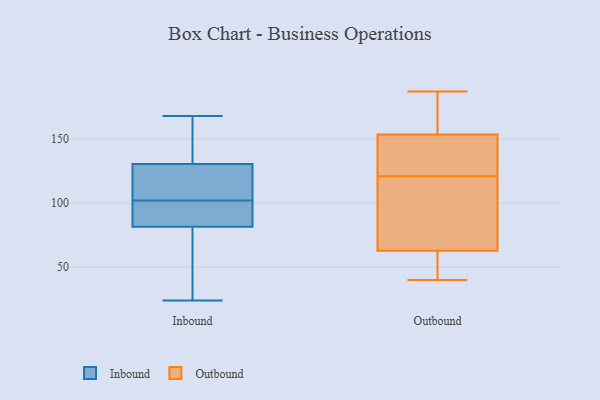
{"axis": {"x": "Budget (USD K)", "y": "Value"}, "legend": ["Inbound", "Outbound"], "data": [{"x": "", "y": 126, "type": "Inbound"}, {"x": "", "y": 81, "type": "Inbound"}, {"x": "", "y": 142, "type": "Inbound"}, {"x": "", "y": 82, "type": "Inbound"}, {"x": "", "y": 135, "type": "Inbound"}, {"x": "", "y": 24, "type": "Inbound"}, {"x": "", "y": 92, "type": "Inbound"}, {"x": "", "y": 115, "type": "Inbound"}, {"x": "", "y": 91, "type": "Inbound"}, {"x": "", "y": 112, "type": "Inbound"}, {"x": "", "y": 52, "type": "Inbound"}, {"x": "", "y": 168, "type": "Inbound"}, {"x": "", "y": 186, "type": "Outbound"}, {"x": "", "y": 121, "type": "Outbound"}, {"x": "", "y": 127, "type": "Outbound"}, {"x": "", "y": 162, "type": "Outbound"}, {"x": "", "y": 41, "type": "Outbound"}, {"x": "", "y": 40, "type": "Outbound"}, {"x": "", "y": 117, "type": "Outbound"}, {"x": "", "y": 81, "type": "Outbound"}, {"x": "", "y": 160, "type": "Outbound"}, {"x": "", "y": 75, "type": "Outbound"}, {"x": "", "y": 122, "type": "Outbound"}, {"x": "", "y": 131, "type": "Outbound"}, {"x": "", "y": 60, "type": "Outbound"}, {"x": "", "y": 61, "type": "Outbound"}, {"x": "", "y": 58, "type": "Outbound"}, {"x": "", "y": 149, "type": "Outbound"}, {"x": "", "y": 187, "type": "Outbound"}, {"x": "", "y": 68, "type": "Outbound"}, {"x": "", "y": 155, "type": "Outbound"}]}